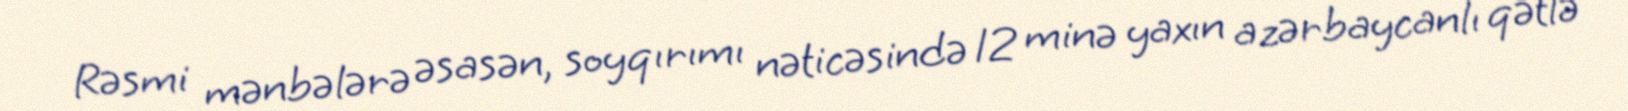
Rəsmi mənbələrə əsasən, soyqırımı nəticəsində 12 minə yaxın azərbaycanlı qətlə